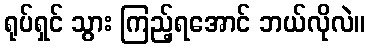
ရုပ်ရှင် သွား ကြည့်ရအောင် ဘယ်လိုလဲ။